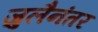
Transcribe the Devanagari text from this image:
जुलैनंतर